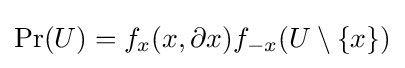
\Pr(U)=f_{x}(x,\partial x)f_{-x}(U\setminus \{x\})